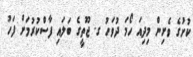
ކުށުގެ ވެށިން މިދިއަ ހޯމަ ދުވަހު ގ. ޖޫތީގެ ބަލައި ފާސްކުރުމަށް ފަހު